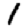
Digit: 1